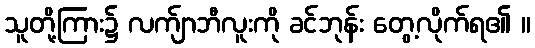
သူတို့ကြား၌ လက်ျာဘီလူးကို ခင်ဘုန်း တွေ့လိုက်ရ၏ ။